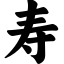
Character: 寿